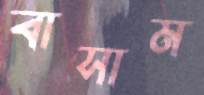
বাসাম